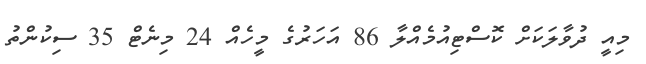
މިއީ ދުވާލަކަށް ކޮސްޓިއުމެއްލާ 86 އަހަރުގެ މީހެއް 24 މިނެޓް 35 ސިކުންތު